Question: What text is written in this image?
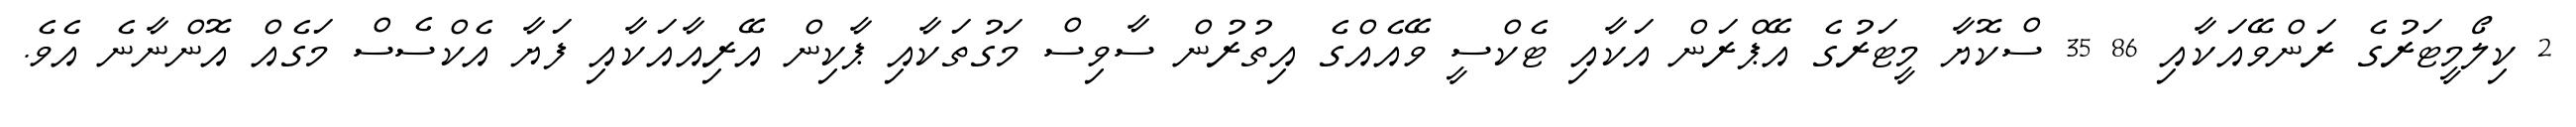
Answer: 2 ކިލޯމީޓަރުގެ ރަންވޭއަކާއި 86 35 ސްކޮޔާ މީޓަރުގެ އޭޕްރަން އަކާއި ޓެކްސީ ވޭއެއްގެ އިތުރުން ސާވިސް މަގުތަކާއި ޕާކިން އޭރިއާއަކާއި ފަޔާ އެކްސެސް މަގެއް އޮންނާނެ އެވެ.